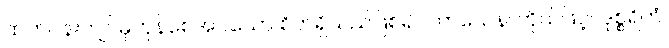
ထက်ဝန်းကျင်မှကုန်စေအပ်သော စိတ်ရှိသည်ဖြစ်၍။ ကာယေန၊ ကိုယ်ဖြင့်။ ဒုစ္စရိတံ၊